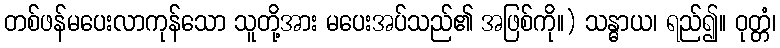
တစ်ဖန်မပေးလာကုန်သော သူတို့အား မပေးအပ်သည်၏ အဖြစ်ကို။) သန္ဓာယ၊ ရည်၍။ ဝုတ္တံ၊